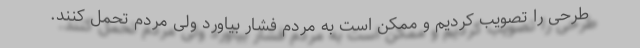
طرحی را تصویب کردیم و ممکن است به مردم فشار بیاورد ولی مردم تحمل کنند.